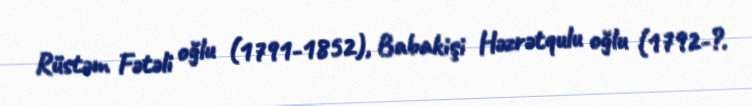
Rüstəm Fətəli oğlu (1791-1852), Babakişi Həzrətqulu oğlu (1792-?.